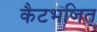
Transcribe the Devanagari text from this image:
कैटभजित्